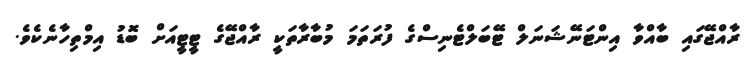
ރާއްޖޭގައި ބާއްވާ އިންޓަނޭޝަނަލް ޓޭބަލްޓެނިސްގެ ފުރަތަމަ މުބާރާތަކީ ރާއްޖޭގެ ޓީޓީއަށް ބޮޑު އިމްތިހާނެކެވެ.